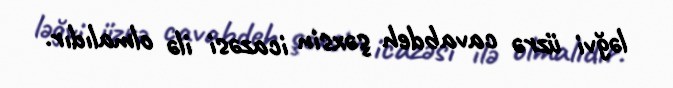
ləğvi üzrə cavabdeh şəxsin icazəsi ilə olmalıdır.